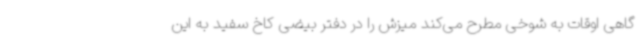
گاهی اوقات به شوخی مطرح می‌کند میزش را در دفتر بیضی کاخ سفید به این